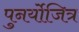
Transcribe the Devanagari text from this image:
पुनर्योजित्र